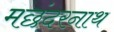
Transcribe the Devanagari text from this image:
मछंदरनाथ